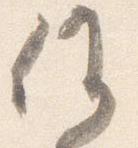
候